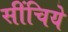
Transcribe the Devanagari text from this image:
सींचिये